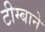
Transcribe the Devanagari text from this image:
टीम्बाने